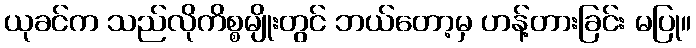
ယုခင်က သည်လိုကိစ္စမျိုးတွင် ဘယ်တော့မှ ဟန့်တားခြင်း မပြု။